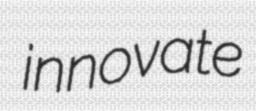
innovate